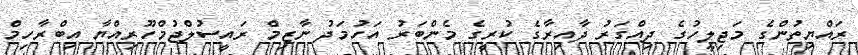
ރައްޔިތުންގެ މަޖިލީހުގެ ދިއްގަރު ދާއިރާގެ ކުރީގެ މެންބަރު އަހުމަދު ނާޒިމް ރައީސުލްޖުމްހޫރިއްޔާ އިބްރާހިމް